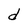
Character: d